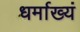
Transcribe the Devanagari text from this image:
धर्माख्यं